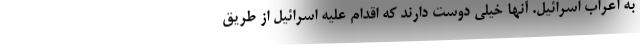
به اعراب اسرائیل. آنها خیلی دوست دارند که اقدام علیه اسرائیل از طریق